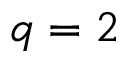
q = 2